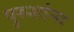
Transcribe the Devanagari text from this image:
पुरुशांना